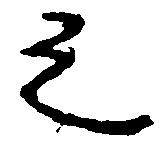
之